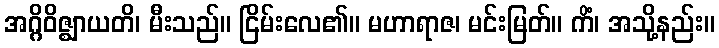
အဂ္ဂိဝိဇ္ဈာယတိ၊ မီးသည်။ ငြိမ်းလေ၏။ မဟာရာဇ၊ မင်းမြတ်။ ကိံ၊ အသို့နည်း။